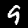
Digit: 9